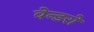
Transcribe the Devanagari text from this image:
वेन्डरों